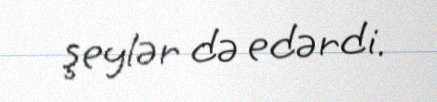
şeylər də edərdi.